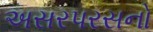
અસરપરસનો